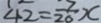
4 2 = \frac { 7 } { 2 0 } x